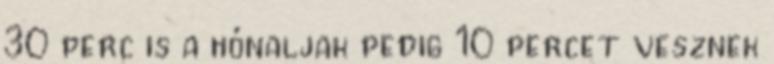
30 perc is a hónaljak pedig 10 percet vesznek